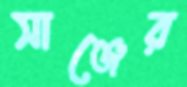
সাঞ্জের